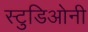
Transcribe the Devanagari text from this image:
स्टुडिओनी